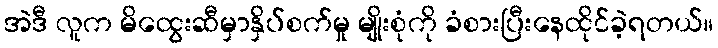
အဲဒီ လူက မိထွေးဆီမှာနှိပ်စက်မှု မျိုးစုံကို ခံစားပြီးနေထိုင်ခဲ့ရတယ်။